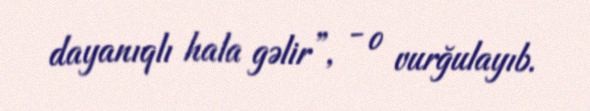
dayanıqlı hala gəlir”, - o vurğulayıb.